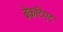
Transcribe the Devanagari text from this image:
ब्रेकटिएट